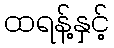
ထရန့်နှင့်